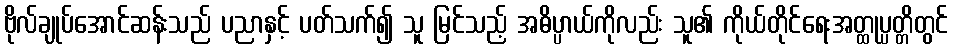
ဗိုလ်ချုပ်အောင်ဆန်းသည် ပညာနှင့် ပတ်သက်၍ သူ မြင်သည့် အဓိပ္ပာယ်ကိုလည်း သူ၏ ကိုယ်တိုင်ရေးအတ္ထုပ္ပတ္တိတွင်